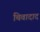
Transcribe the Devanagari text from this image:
चिवादाद